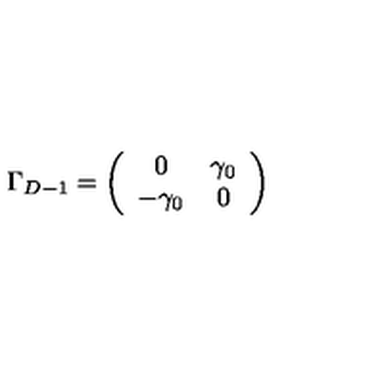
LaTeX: \Gamma _ { D - 1 } = \left( \begin{array} { c c } { 0 } & { \gamma _ { 0 } } \\ { - \gamma _ { 0 } } & { 0 } \\ \end{array} \right)